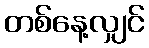
တစ်နေ့လျှင်